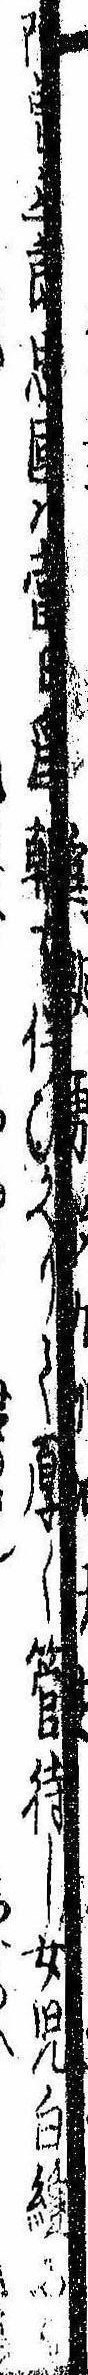
阿曽三郎忠国は当日為朝を伴ひかへりて厚く管待し女児白縫にも